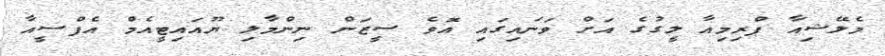
މެލޭޝިއާ ޕްރިމިއާ ލީގުގެ އަށް ވަނައިގައި އޮވެ ސީޒަން ނިންމާލި ޔޫއައިޓީއެމް އެފްސީއާ